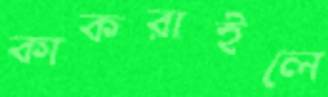
কাকরাইলে